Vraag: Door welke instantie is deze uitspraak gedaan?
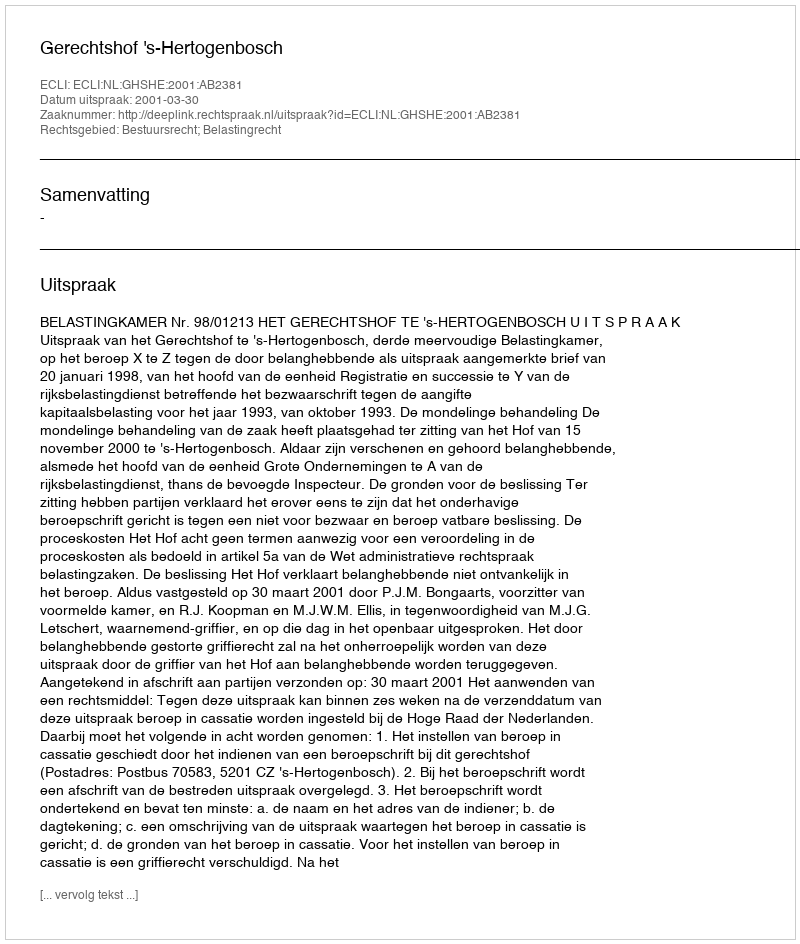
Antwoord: Gerechtshof 's-Hertogenbosch